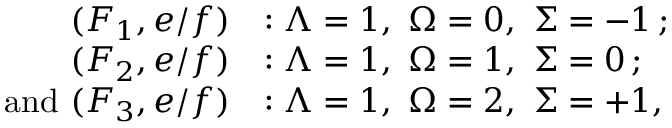
\begin{array} { r l } { ( F _ { 1 } , e / f ) } & { : \ensuremath { \Lambda } = 1 , \ \ensuremath { \Omega } = 0 , \ \ensuremath { \Sigma } = - 1 \, ; } \\ { ( F _ { 2 } , e / f ) } & { : \ensuremath { \Lambda } = 1 , \ \ensuremath { \Omega } = 1 , \ \ensuremath { \Sigma } = 0 \, ; } \\ { \mathrm { a n d ~ } ( F _ { 3 } , e / f ) } & { : \ensuremath { \Lambda } = 1 , \ \ensuremath { \Omega } = 2 , \ \ensuremath { \Sigma } = + 1 , } \end{array}